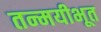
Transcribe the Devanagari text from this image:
तन्मयीभूत